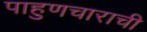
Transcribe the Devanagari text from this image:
पाहुणचाराची